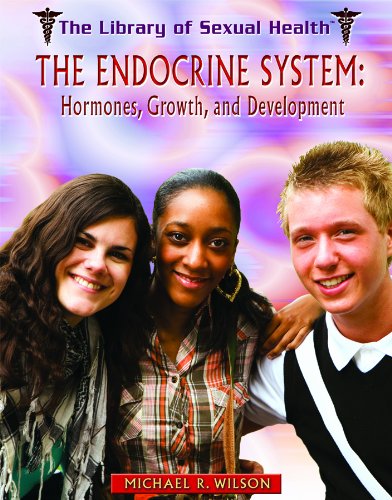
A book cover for The Endocrine System: Hormones, Growth, and Development (The Library of Sexual Health); Michael R., M.D. Wilson; Teen & Young Adult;